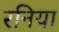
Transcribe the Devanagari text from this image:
रनिया